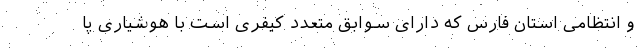
و انتظامی استان فارس که دارای سوابق متعدد کیفری است با هوشیاری پا